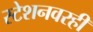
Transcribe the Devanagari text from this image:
स्टेशनवरही